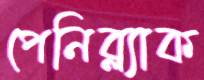
পেনিব্ল্যাক